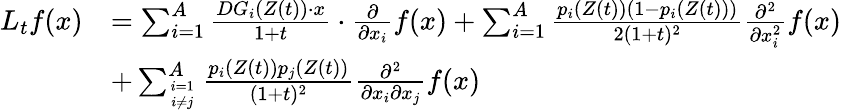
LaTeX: \begin{array}{rl}{L_{t}f(x)}&{=\sum_{i=1}^{A}\frac{DG_{i}(Z(t))\cdot x}{1+t}\cdot\frac{\partial}{\partial x_{i}}f(x)+\sum_{i=1}^{A}\frac{p_{i}(Z(t))(1-p_{i}(Z(t)))}{2(1+t)^{2}}\frac{\partial^{2}}{\partial x_{i}^{2}}f(x)}\\ &{+\sum_{i=1\atop i\ne j}^{A}\frac{p_{i}(Z(t))p_{j}(Z(t))}{(1+t)^{2}}\frac{\partial^{2}}{\partial x_{i}\partial x_{j}}f(x)}\end{array}